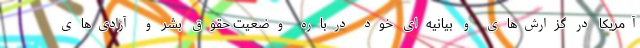
آمریکا در گزارش‌های و بیانیه‌ای خود درباره وضعیت حقوق بشر و آزادی‌های